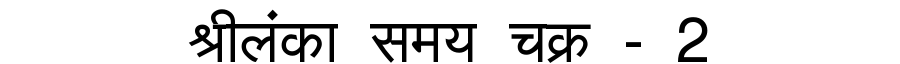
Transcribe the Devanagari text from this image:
श्रीलंका समय चक्र - 2